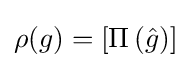
\rho (g)=\left[\Pi \left({\hat {g}}\right)\right]